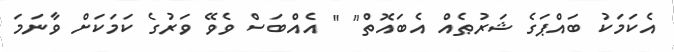
އެކަމަކު ބައްޕަގެ ޝަރުޠެއް އެބައޮތް" " އެއްބަސް ވެވޭ ވަރުގެ ކަމަކަށް ވާނަމަ